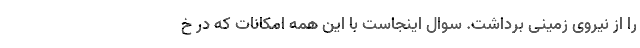
را از نیروی زمینی برداشت. سوال اینجاست با این همه امکانات که در خ